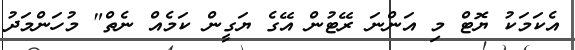
އެކަމަކު ޔޮޓް މި އަންނަ ރޭޓުން އޭގެ ޔަގީން ކަމެއް ނެތް" މުހަންމަދު